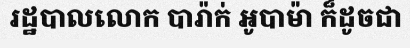
រដ្ឋបាលលោក បារ៉ាក់ អូបាម៉ា ក៏ដូចជា